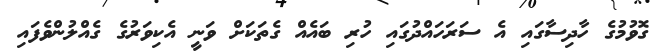
ގޮވުމުގެ ހާދިސާގައި އެ ސަރަހައްދުގައި ހުރި ބައެއް ގެތަކަށް ވަނީ އެކިވަރުގެ ގެއްލުންވެފައި